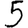
Digit: 5